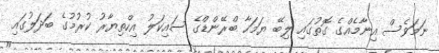
ނަމަވެސް އިނާމެއްގެ ގޮތުގައި ލިބޭ ޔަމަހާ ބްރޭންޑްގެ ސައިކަލު އިހްތިޔާރު ކުރުމުގެ ބަދަލުގައި